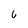
Character: C